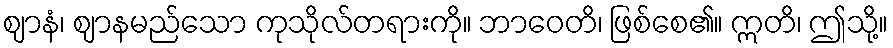
ဈာနံ၊ ဈာနမည်သော ကုသိုလ်တရားကို။ ဘာဝေတိ၊ ဖြစ်စေ၏။ ဣတိ၊ ဤသို့။